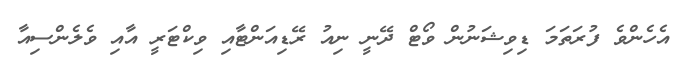
އެހެންވެ ފުރަތަމަ ޑިވިޝަނުން ވޯޓް ދޭނީ ނިއު ރޭޑިއަންޓާއި ވިކްޓަރީ އާއި ވެލެންސިއާ